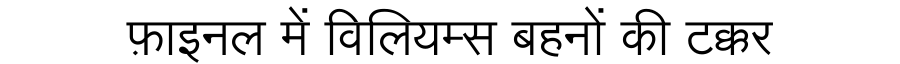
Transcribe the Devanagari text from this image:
फ़ाइनल में विलियम्स बहनों की टक्कर